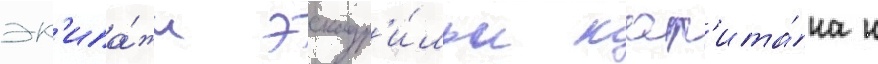
эк'ипа́жи эскадр'и́льи кап'ита́на н